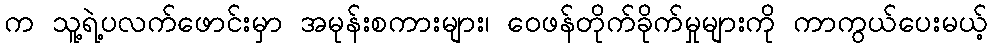
က သူ့ရဲ့ပလက်ဖောင်းမှာ အမုန်းစကားများ၊ ဝေဖန်တိုက်ခိုက်မှုများကို ကာကွယ်ပေးမယ့်